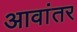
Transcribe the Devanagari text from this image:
आवांतर